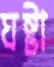
ঘষ্‌টা